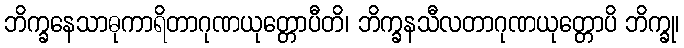
ဘိက္ခနေသာဓုကာရိတာဂုဏယုတ္တောပီတိ၊ ဘိက္ခနသီလတာဂုဏယုတ္တောပိ ဘိက္ခု၊